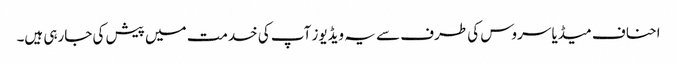
احناف میڈیا سروس کی طرف سے یہ ویڈیوز آپ کی خدمت میں پیش کی جارہی ہیں۔